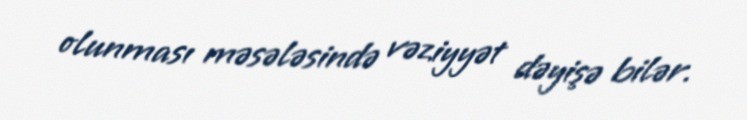
olunması məsələsində vəziyyət dəyişə bilər.